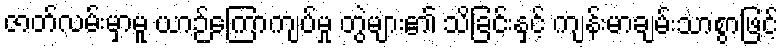
ဇာတ်လမ်းမှာမူ ယာဉ်ကြောကျပ်မှု တွဲများ၏ သိခြင်းနှင့် ကျန်းမာချမ်းသာစွာဖြင့်